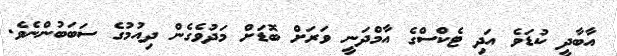
އާބާދީ ކުޑަވެ އަދި ޓެކްސްގެ އާމްދަނީ ވަރަށް ބޮޑަށް މަދުވެގެން ދިއުމުގެ ސަބަބުންނެވެ.